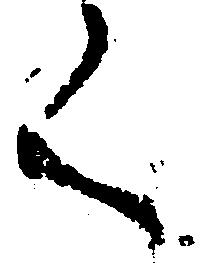
く